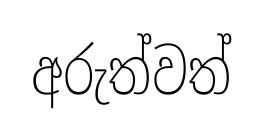
අරුත්වත්